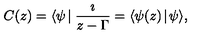
C ( z ) = \langle \psi \! \mid \frac { \imath } { z - \Gamma } = \langle \psi ( z ) \! \mid \! \psi \rangle ,